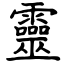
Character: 靈